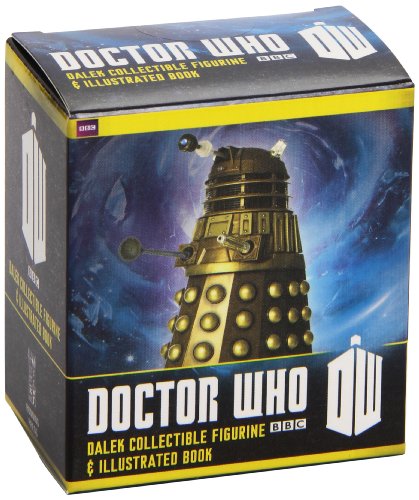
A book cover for Doctor Who: Dalek Collectible Figurine and Illustrated Book (Mga Mini Kits: Doctor Who); Richard Dinnick; Humor & Entertainment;